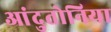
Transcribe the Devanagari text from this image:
आंदुतोनिया